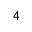
^ { 4 }